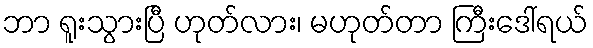
ဘာ ရူးသွားပြီ ဟုတ်လား၊ မဟုတ်တာ ကြီးဒေါ်ရယ်